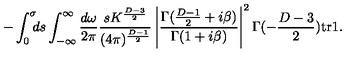
- \int _ { 0 } ^ { \sigma } \! \! \! d s \int _ { - \infty } ^ { \infty } \frac { d \omega } { 2 \pi } \frac { s K ^ { \frac { D - 3 } { 2 } } } { ( 4 \pi ) ^ { \frac { D - 1 } { 2 } } } \left| \frac { \Gamma ( \frac { D - 1 } { 2 } + i \beta ) } { \Gamma ( 1 + i \beta ) } \right| ^ { 2 } \Gamma ( - \frac { D - 3 } { 2 } ) \mathrm { t r } \mathrm { \boldmath 1 } .